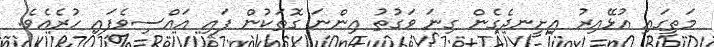
މަތީގައި އުޅޭއިރު އިށީނދެގެން ގިނަ ވަގުތު އިންނަ ގޮތަކުން ފައި އައްސިވެފައި ހުރެއެވެ.